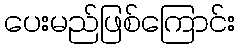
ပေးမည်ဖြစ်ကြောင်း